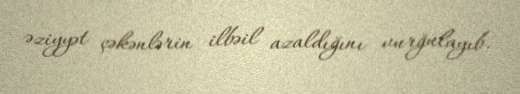
əziyyət çəkənlərin ilbəil azaldığını vurğulayıb.